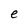
Character: e